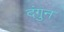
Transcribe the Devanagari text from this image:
दंगुन